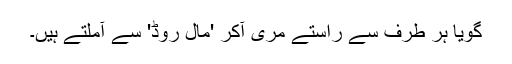
گویا ہر طرف سے راستے مری آکر 'مال روڈ' سے آملتے ہیں۔